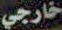
خارجي